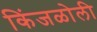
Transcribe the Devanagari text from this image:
किंजळोली